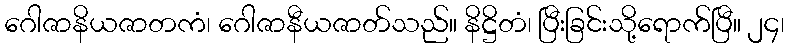
ဂေါဇာနိယဇာတကံ၊ ဂေါဇာနီယဇာတ်သည်။ နိဋ္ဌိတံ၊ ပြီးခြင်းသို့ရောက်ပြီ။ ၂၄၊